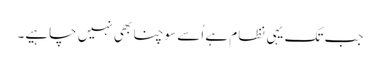
جب تک یہی نظام ہے اُسے سوچنا بھی نہیں چاہیے۔